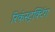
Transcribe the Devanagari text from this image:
रिकंस्ट्रक्टिंग